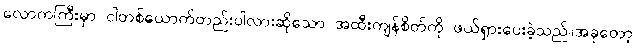
လောကကြီးမှာ ငါတစ်ယောက်တည်းပါလားဆိုသော အထီးကျန်စိတ်ကို ဖယ်ရှားပေးခဲ့သည်။အခုတော့